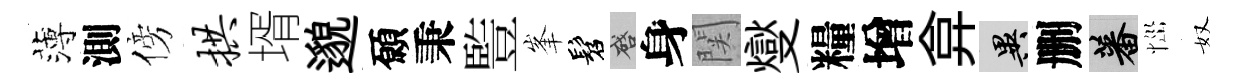
薄測傍拱壻邈願秉䜿峯髫啓身関燮糧增弇异删蕃𢙉奴